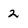
Character: 2